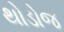
થોડોજ